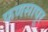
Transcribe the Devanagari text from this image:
फणसापूर